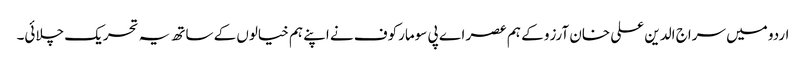
اردو میں سراج الدین علی خان آرزو کے ہم عصر اے پی سومارکوف نے اپنے ہم خیالوں کے ساتھ یہ تحریک چلائی۔